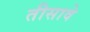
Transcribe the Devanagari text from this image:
तीसावे